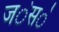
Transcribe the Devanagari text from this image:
ज॓स॓